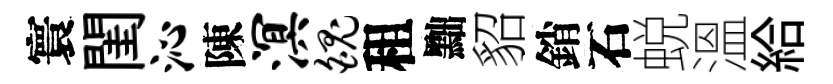
寰閨沁陳溟魄租黜貂銷石蜕溫給